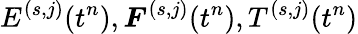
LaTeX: E^{(s,j)}(t^{n}),\boldsymbol{F}^{(s,j)}(t^{n}),T^{(s,j)}(t^{n})